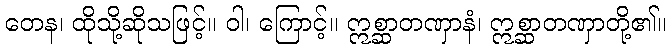
တေန၊ ထိုသို့ဆိုသဖြင့်။ ဝါ၊ ကြောင့်။ ဣစ္ဆာတဏှာနံ၊ ဣစ္ဆာတဏှာတို့၏။